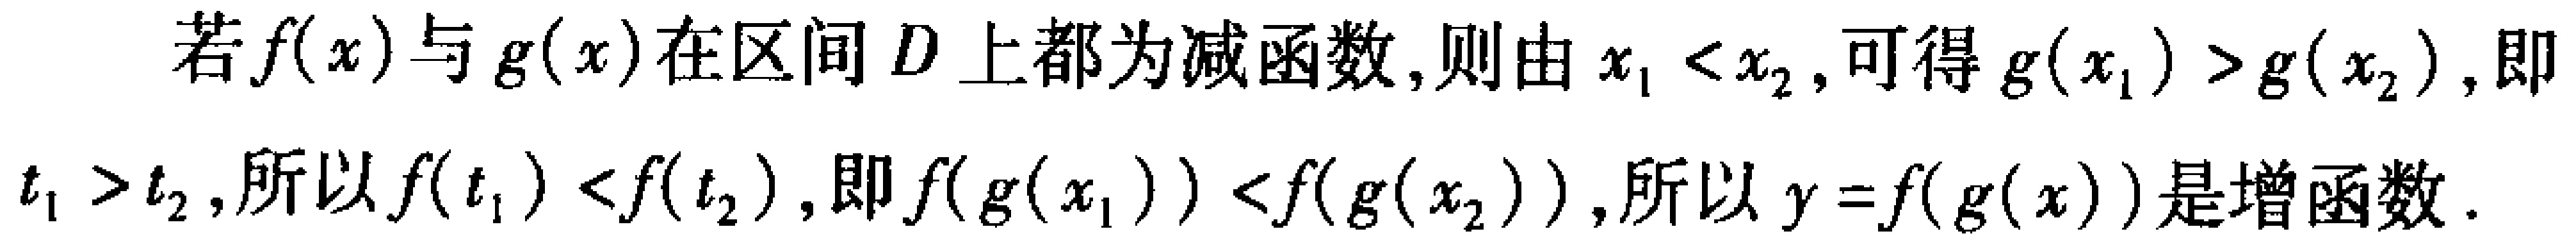
若\(f(x)\)与\(g(x)\)在区间\(D\)上都为减函数,则由\(x_{1}<x_{2}\),可得\(g(x_{1})>g(x_{2})\),即\(t_{1}>t_{2}\),所以\(f(t_{1})<f(t_{2})\),即\(f(g(x_{1}))<f(g(x_{2}))\),所以\(y = f(g(x))\)是增函数.